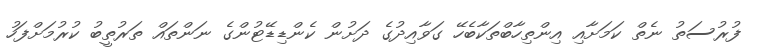
ފުރުސަތު ނެތް ކަމަށާއި އިންތިހާބްތަކާބެހޭ ގަވާއިދުގެ ދަށުން ކެންޑިޑޭޓުންގެ ނަންތައް ތަރުތީބު ކުރުމަށްފަހު